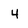
Character: 4